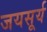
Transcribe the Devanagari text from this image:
जयसूर्य